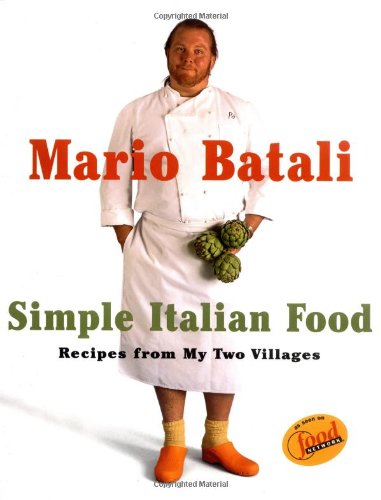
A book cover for Mario Batali Simple Italian Food: Recipes from My Two Villages; Mario Batali; Cookbooks, Food & Wine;